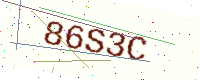
Text: 86S3C